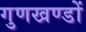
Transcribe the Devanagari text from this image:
गुणखण्डों